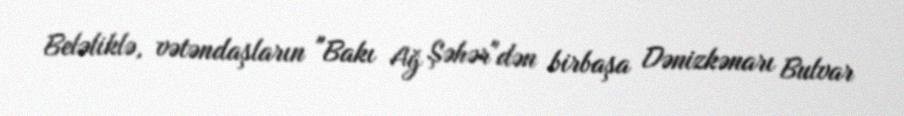
Beləliklə, vətəndaşların "Bakı Ağ Şəhər"dən birbaşa Dənizkənarı Bulvar